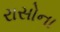
રાસોના